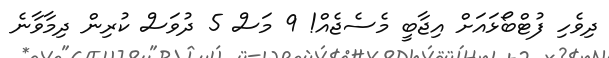
ދިވެހި ފުޓްބޯޅައަށް އިޖާބީ މެސެޖެއް! 9 މަސް 5 ދުވަސް ކުރިން ދިމާވާނެ